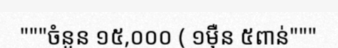
"""ចំនួន ១៥,០០០ ( ១ម៉ឺន ៥ពាន់"""